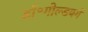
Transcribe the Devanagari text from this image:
डॉ॰गोल्डबर्ग